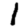
Digit: 1